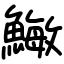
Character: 䲄